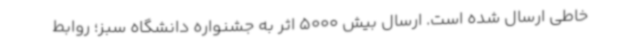
خاطی ارسال شده است. ارسال بیش 5000 اثر به جشنواره دانشگاه سبز؛ روابط